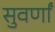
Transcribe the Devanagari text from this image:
सुवर्णां